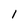
Character: 1